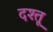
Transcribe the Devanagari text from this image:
दश्तू